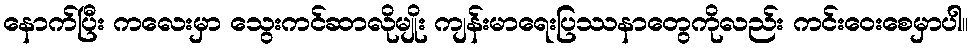
နောက်ပြီး ကလေးမှာ သွေးကင်ဆာလိုမျိုး ကျန်းမာရေးပြဿနာတွေကိုလည်း ကင်းဝေးစေမှာပါ။